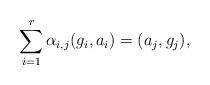
LaTeX: \begin{align*}\sum_{i=1}^r\alpha_{i,j}(g_i,a_i) = (a_j,g_j),\end{align*}